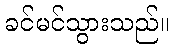
ခင်မင်သွားသည်။